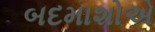
બદમાશોએ